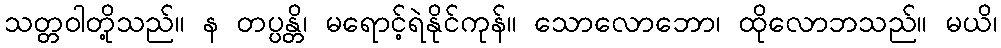
သတ္တဝါတို့သည်။ န တပ္ပန္တိ၊ မရောင့်ရဲနိုင်ကုန်။ သောလောဘော၊ ထိုလောဘသည်။ မယိ၊